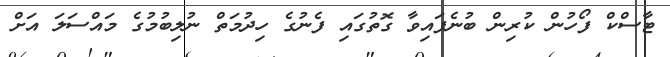
ޓާސްކް ފޯހުން ކުރިން ބުނެފައިވާ ގޮތުގައި ފެނުގެ ހިދުމަތް ނުލިބުމުގެ މައްސަލަ އަށް